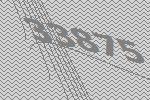
33875